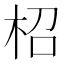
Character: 柖